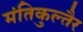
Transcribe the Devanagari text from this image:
मंतिकुल्तैर